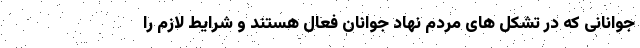
جوانانی که در تشکل های مردم نهاد جوانان فعال هستند و شرایط لازم را